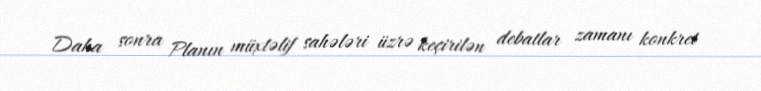
Daha sonra Planın müxtəlif sahələri üzrə keçirilən debatlar zamanı konkret